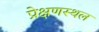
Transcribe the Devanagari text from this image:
प्रेक्षणस्थल